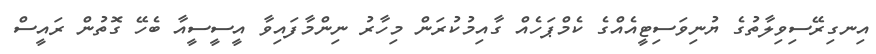
އިނގިރޭސިވިލާތުގެ ޔުނިވަސިޓީއެއްގެ ކެމްޕަހެއް ގާއިމުކުރަން މިހާރު ނިންމާފައިވާ އީސީސީއާ ބެހޭ ގޮތުން ރައީސް